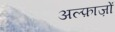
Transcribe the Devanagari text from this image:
अल्फ़ाज़ों